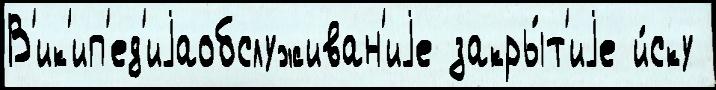
В'ик'ип'ед'иjаобслуживан'иjе закры́т'иjе и́ску